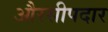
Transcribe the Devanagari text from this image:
औरसीपदार